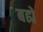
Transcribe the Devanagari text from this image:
बह्ये